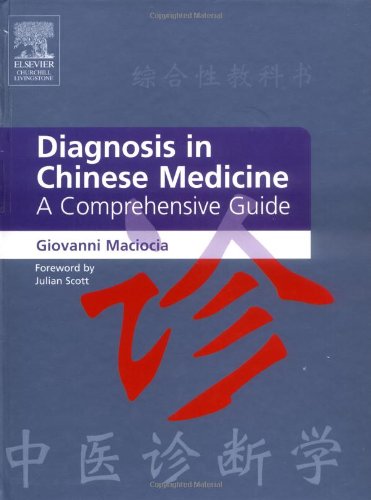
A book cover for Diagnosis in Chinese Medicine: A Comprehensive Guide, 1e; Giovanni Maciocia CAc(Nanjing); Medical Books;